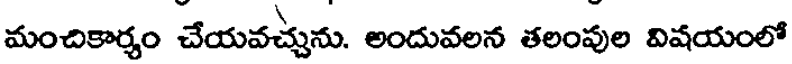
మంచికార్యం చేయవచ్చును. అందువలన తలంవుల విషయంలో